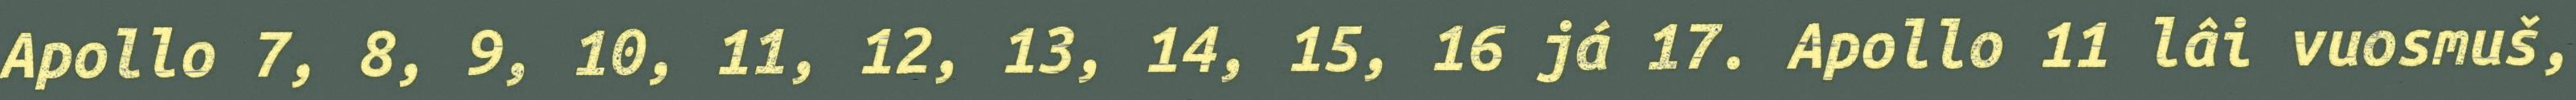
Apollo 7, 8, 9, 10, 11, 12, 13, 14, 15, 16 já 17. Apollo 11 lâi vuosmuš,